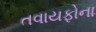
તવાયફોના